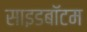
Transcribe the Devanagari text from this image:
साइडबॉटम